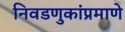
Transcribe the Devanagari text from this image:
निवडणुकांप्रमाणे